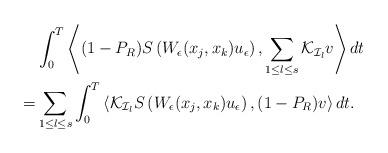
LaTeX: \begin{align*}\begin{aligned}&\int_{0}^T\left<(1-P_R)S\left(W_\epsilon(x_j,x_k)u_\epsilon\right),\sum_{1\leq l\leq s}\mathcal{K}_{\mathcal{I}_l}v\right>dt\\=&\sum_{1\leq l\leq s}\int_{0}^T\left<\mathcal{K}_{\mathcal{I}_l}S\left(W_\epsilon(x_j,x_k)u_\epsilon\right),(1-P_R)v\right>dt.\end{aligned}\end{align*}